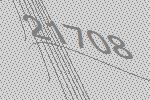
21708